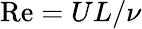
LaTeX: \mathrm{Re}=UL/\nu